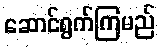
ဆောင်ရွက်ကြမည်